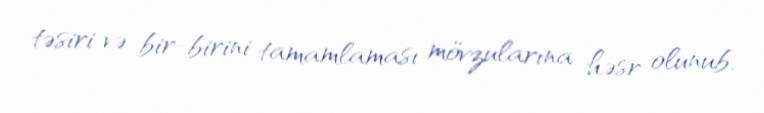
təsiri və bir-birini tamamlaması mövzularına həsr olunub.